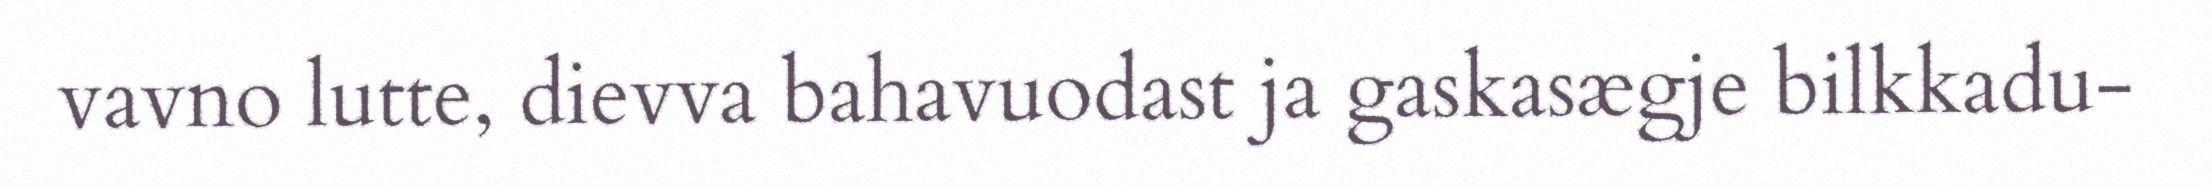
vavno lutte, dievva bahavuodast ja gaskasægje bilkkadu-